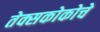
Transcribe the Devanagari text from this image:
तेक्सकोकोचे